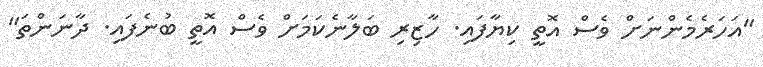
"އަހަރެމެންނަށް ވެސް އޮތީ ކިޔާފައި. ހާޒިރި ބަލާނެކަމަށް ވެސް އޮތީ ބުނެފައި. ދާނަންތަ"